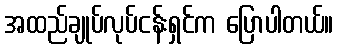
အထည်ချုပ်လုပ်ငန်းရှင်က ပြောပါတယ်။